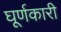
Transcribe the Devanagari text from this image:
घूर्णकारी